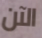
الآن